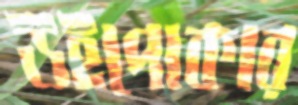
উইপোকার